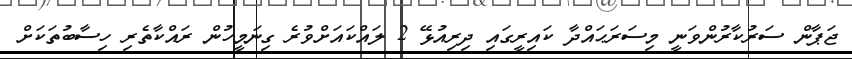
ޖަޕާން ސަރުކާރުންވަނީ މިސަރަޙައްދާ ކައިރީގައި ދިރިއުޅޭ 2 ލައްކައަށްވުރެ ގިނަމީހުން ރައްކާތެރި ހިސާބުތަކަށް